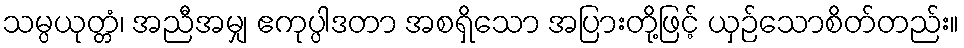
သမ္ပယုတ္တံ၊ အညီအမျှ ဧကုပ္ပါဒတာ အစရှိသော အပြားတို့ဖြင့် ယှဉ်သောစိတ်တည်း။